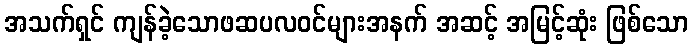
အသက်ရှင် ကျန်ခဲ့သောဖဆပလဝင်များအနက် အဆင့် အမြင့်ဆုံး ဖြစ်သော